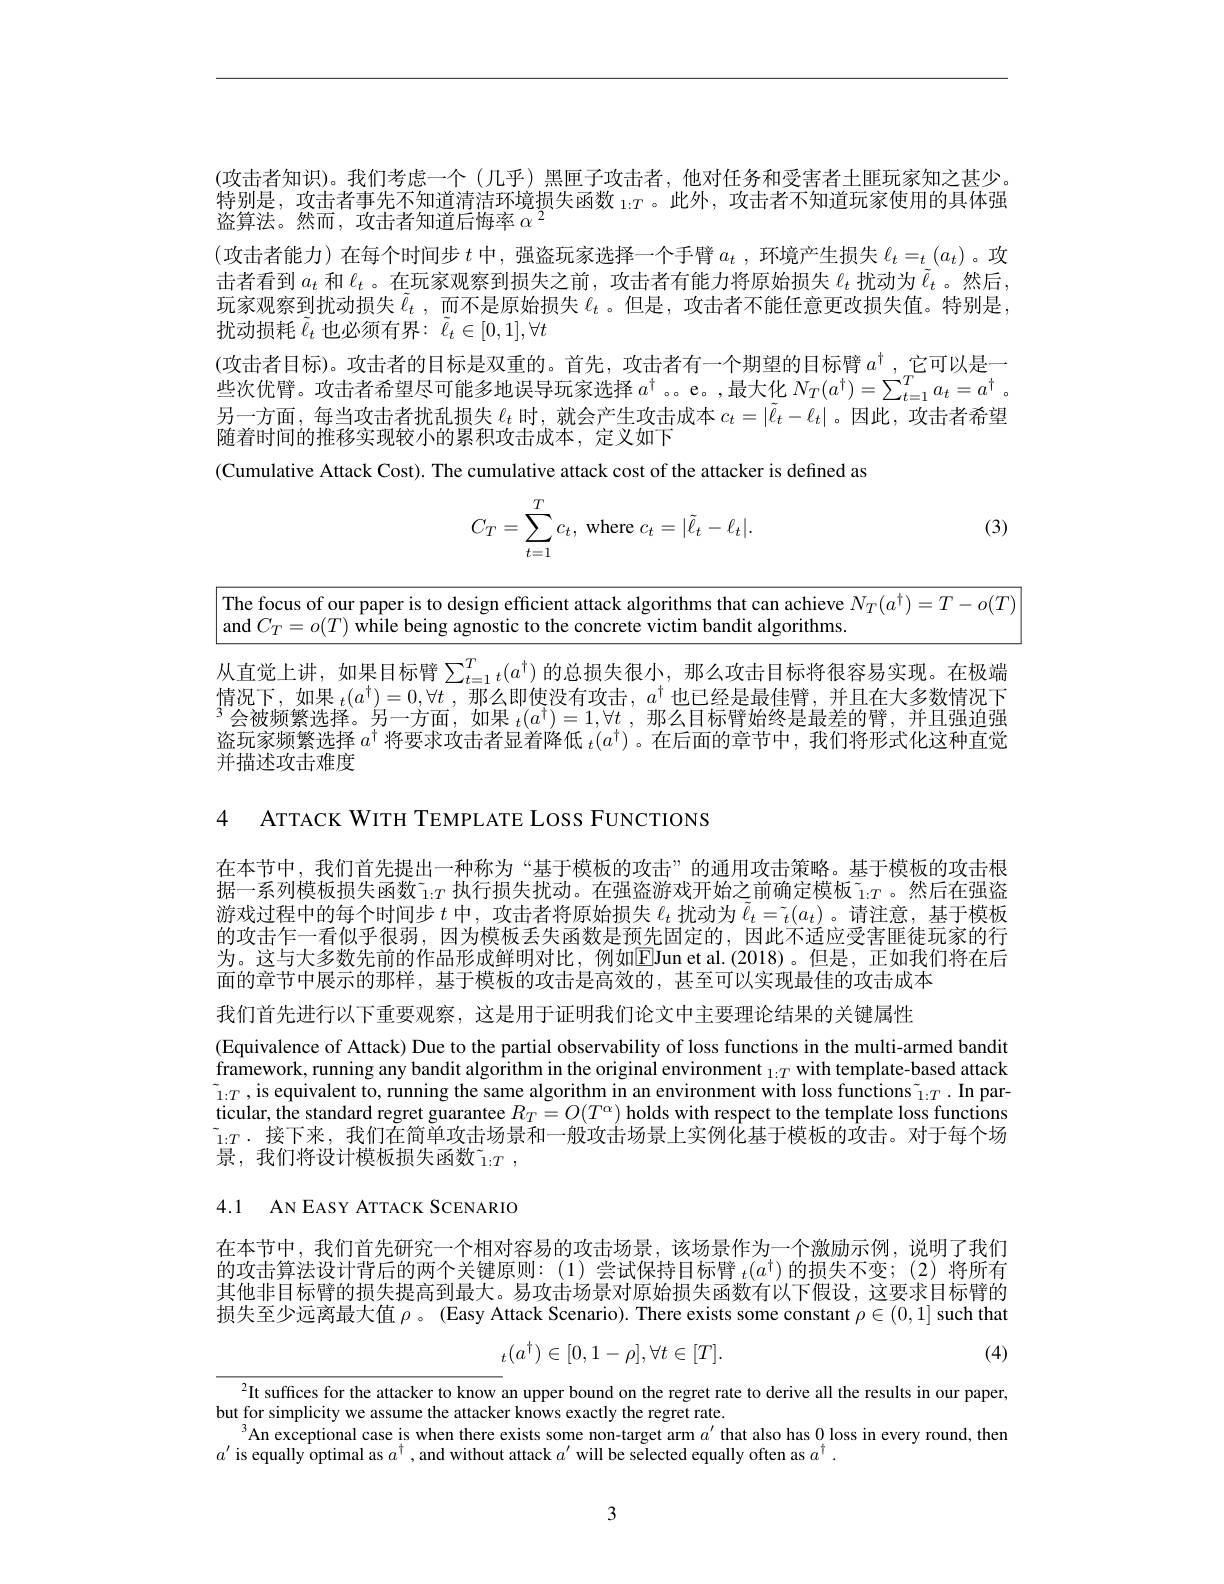
(攻击者知识)。我们考虑一个(几乎)黑匣子攻击者，他对任务和受害者土匪玩家知之甚少特别是，攻击者事先不知道清洁环境损失函数$_{1:T}$。此外，攻击者不知道玩家使用的具体强盗算法。然而，攻击者知道后悔率$\alpha^2$
(攻击者能力)在每个时间步$t$中，强盗玩家选择一个手臂$a_t$ , 环 境 产 生 损 失 $\ell _t= _{\tilde{t} }( a_t)$。攻击者看到$a_t$和$\ell_t$ 。在玩家观察到损失之前，攻击者有能力将原始损失$\ell_t$扰动为$\tilde{\ell}_t$ 。然后， 玩家观察到扰动损失$\tilde{\ell}_t,\tilde{\text{而不是原始损失 }\ell}_t$。但是，攻击者不能任意更改损失值。特别是， 扰动损耗 $\tilde{\ell}_t$ 也必须有界$:\tilde{\ell}_t\in[0,1],\forall t$
(攻击者目标)。攻击者的目标是双重的。首先，攻击者有一个期望的目标臂$a^{\dagger}$ ,它可以是一些 次 优 臂 。攻 击 者 希 望 尽 可 能 多 地 误 导 玩 家 选 择 $a^{\dagger }$ 。e。, 最 大 化 $N_{T}( a^{\dagger }) = \sum _{t= 1}^{T}a_{t}= a^{\dagger }$ 。些 次 优 臂 。攻 击 者 希 望 尽 可 能 多 地 误 导 玩 家 选 择 $a^{\dagger }$ 。e。, 最 大 化 $N_{T}( a^{\dagger }) = \sum _{t= 1}^{T}a_{t}= a^{\dagger }$ 。$\begin{array}{c}\text{另一方面，每当攻击者扰乱损失 }\ell_{t}\text{ 时，就会产生攻击成本 }c_{t}=|\tilde{\ell}_{t}-\ell_{t}|\text{。因此，攻击者希望}\\\text{随着时间的推移实现较小的累积攻击成本，定义如下}\end{array}$ (Cumulative Attack Cost). The cumulative attack cost of the attacker is defined as

(3)
$$C_T=\sum\limits_{t=1}^Tc_t,\text{where}c_t=|\tilde{\ell}_t-\ell_t|.$$
$\begin{vmatrix}\text{The focus of our paper is to design efficient attack algorithms that can achieve }N_T(a^\dagger)=T-o(T)\end{vmatrix}$
and $C_T= o( T)$ while being agnostic to the concrete victim bandit algorithms.

从直觉上讲，如果目标臂$\sum_{t=1}^Tt(a^\dagger)$ 的总损失很小，那么攻击目标将很容易实现。在极端情况下，如果$_t(a^\dagger)=0,\forall t$ ,那么即使没有攻击，$a^\dagger$也已经是最佳臂，并且在大多数情况下$^3$会被频繁选择。另一方面，如果 $_t(a^\dagger)=1,\forall t$ ,那么目标臂始终是最差的臂，并且强迫强盗玩家频繁选择$a^\dagger\text{ 将要求攻击者显着降低 }_t(a^\dagger)$ 。在后面的章节中，我们将形式化这种直觉并描述攻击难度

4 ATTACK WITH TEMPLATE LOSS FUNCTIONS

在本节中，我们首先提出一种称为“基于模板的攻击”的通用攻击策略。基于模板的攻击根游戏过程中的每个时间步$t$中，攻击者将原始损失$\ell_t$扰动为$\tilde{\ell}_t=\tilde{\iota}(a_t)$。请注意，基于模板的攻击乍一看似乎很弱，因为模板丢失函数是预先固定的，因此不适应受害匪徒玩家的行为。这与大多数先前的作品形成鲜明对比，例如$\boxed{\mathrm{E}}$Jun et al.(2018)。但是，正如我们将在后面的章节中展示的那样，基于模板的攻击是高效的，甚至可以实现最佳的攻击成本

我们首先进行以下重要观察，这是用于证明我们论文中主要理论结果的关键属性
(Equivalence of Attack) Due to the partial observability of loss functions in the multi-armed bandit framework, running any bandit algorithm in the original environment $_1:T$ with template-based attack $\tilde{_{1:T}}$,is equivalent to, running the same algorithm in an environment with loss functions $\tilde{_{1:T}}.$ In particular, the standard regret guarantee $R_T=O(T^\alpha)$ holds with respect to the template loss functions $\tilde{1}{:}T\cdot\tilde{\text{ 接下来，我们在简单攻击场景和一般攻击场景上实例化基于模板的攻击。对于每个场}}$ 景，我们将设计模板损失函数$_1:T$,

4.1 AN EASY ATTACK SCENARIO

在本节中，我们首先研究一个相对容易的攻击场景，该场景作为一个激励示例，说明了我们的攻击算法设计背后的两个关键原则：(1)尝试保持目标臂$_t(a^\dagger)$的损失不变；(2)将所有其他非目标臂的损失提高到最大。易攻击场景对原始损失函数有以下假设，这要求目标臂的损失至少远离最大值$\rho$ 。(Easy Attack Scenario). There exists some constant $\rho\in(0,1]$ such that

(4)
$$_t(a^\dagger)\in[0,1-\rho],\forall t\in[T].$$
It suffices for the attacker to know an upper bound on the regret rate to derive all the results in our paper,
but for simplicity we assume the attacker knows exactly the regret rate.
$^{3}$An exceptional case is when there exists some non-target arm $a^\prime$ that also has $0_{+}$ loss in every round, them
$a^{\prime}$ is equally optimal as $a^\dagger$,and without attack $a^\prime$ will be selected equally often as $a^\dagger.$

3